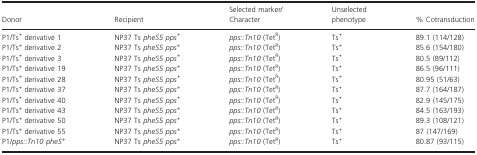
| Donor | Recipient | Selected marker/Character | Unselected phenotype | % Cotransduction |
 | --- | --- | --- | --- | --- |
 | P1/Ts+ derivative 1 | NP37 Ts pheS5 pps+ | pps::Tn10 (TetR) | Ts+ | 89.1 (114/128) |
 | P1/Ts+ derivative 2 | NP37 Ts pheS5 pps+ | pps::Tn10 (TetR) | Ts+ | 85.6 (154/180) |
 | P1/Ts+ derivative 3 | NP37 Ts pheS5 pps+ | pps::Tn10 (TetR) | Ts+ | 80.5 (89/112) |
 | P1/Ts+ derivative 19 | NP37 Ts pheS5 pps+ | pps::Tn10 (TetR) | Ts+ | 86.5 (96/111) |
 | P1/Ts+ derivative 28 | NP37 Ts pheS5 pps+ | pps::Tn10 (TetR) | Ts+ | 80.95 (51/63) |
 | P1/Ts+ derivative 37 | NP37 Ts pheS5 pps+ | pps::Tn10 (TetR) | Ts+ | 87.7 (164/187) |
 | P1/Ts+ derivative 40 | NP37 Ts pheS5 pps+ | pps::Tn10 (TetR) | Ts+ | 82.9 (145/175) |
 | P1/Ts+ derivative 43 | NP37 Ts pheS5 pps+ | pps::Tn10 (TetR) | Ts+ | 84.5 (163/193) |
 | P1/Ts+ derivative 50 | NP37 Ts pheS5 pps+ | pps::Tn10 (TetR) | Ts+ | 89.3 (108/121) |
 | P1/Ts+ derivative 55 | NP37 Ts pheS5 pps+ | pps::Tn10 (TetR) | Ts+ | 87 (147/169) |
 | P1/pps::Tn10 pheS+ | NP37 Ts pheS5 pps+ | pps::Tn10 (TetR) | Ts+ | 80.87 (93/115) |